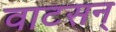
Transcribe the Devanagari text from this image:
वाटसन्